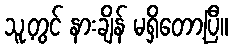
သူ့တွင် နားချိန် မရှိတော့ပြီ။